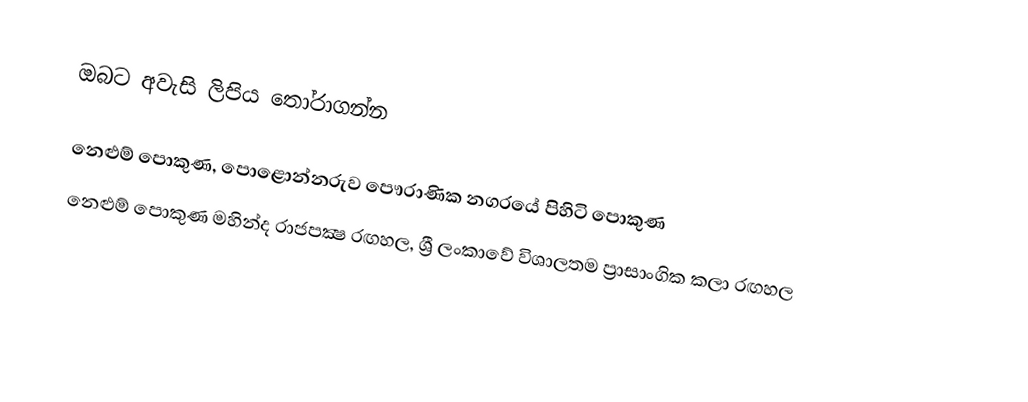
ඔබට අවැසි ලිපිය තෝරාගන්න

 නෙළුම් පොකුණ, පොළොන්නරුව පෞරාණික නගරයේ පිහිටි පොකුණ
 නෙළුම් පොකුණ මහින්ද රාජපක්‍ෂ රඟහල, ශ්‍රී ලංකාවේ විශාලතම ප්‍රාසාංගික කලා රඟහල